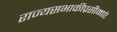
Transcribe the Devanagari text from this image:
राज्यसभाकीप्रसीमाएं